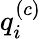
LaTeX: q_{i}^{(c)}